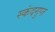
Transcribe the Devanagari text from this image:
स्‍कंदगुप्त